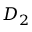
D _ { 2 }